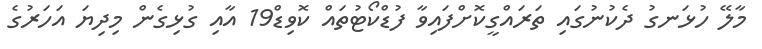
މާލޭ ހުޅަނގު ދެކުނުގައި ތަރައްގީކޮށްފައިވާ ފުޑްކޯޓުތައް ކޮވިޑް19 އާއި ގުޅިގެން މިދިޔަ އަހަރުގެ